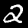
Digit: 2